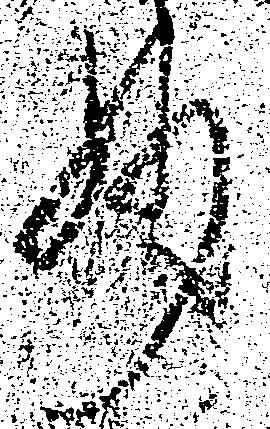
妙